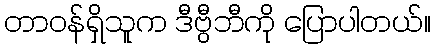
တာဝန်ရှိသူက ဒီဗွီဘီကို ပြောပါတယ်။